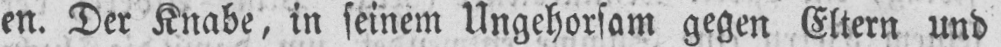
en. Der Knabe, in seinem Ungehorsam gegen Eltern und